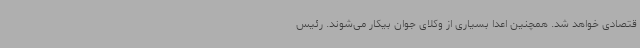
قتصادی خواهد شد. همچنین اعدا بسیاری از وکلای جوان بیکار می‌شوند. رئیس